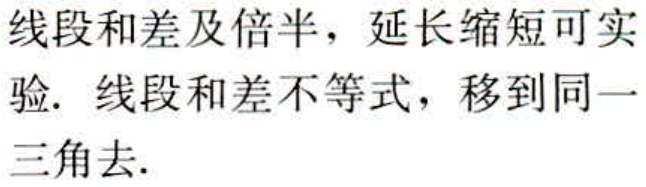
线段和差及倍半，延长缩短可实验. 线段和差不等式，移到同一三角去.